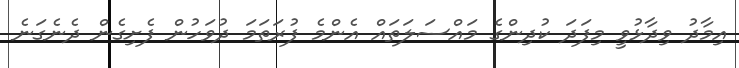
އިމާދު ވިދާޅުވީ މިފަދަ ކުދިންގެ މައްސަލަތައް އެންމެ ފުރަތަމަ ދުވަހުން ފެށިގެން ދެނެގަނެ